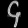
Digit: ၄